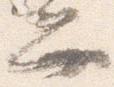
弁